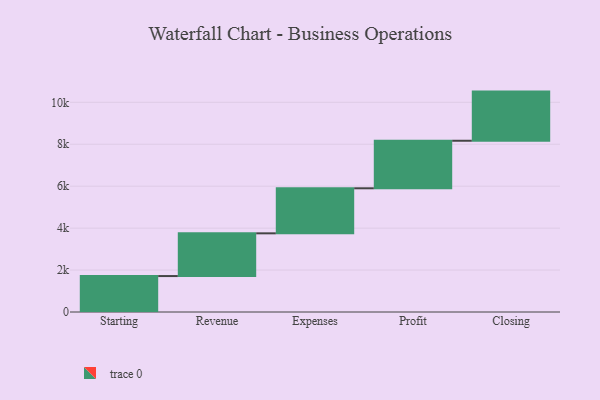
{"axis": {"x": "Step", "y": "Value"}, "legend": [""], "data": [{"x": "Starting", "y": 1714.0, "type": ""}, {"x": "Revenue", "y": 2038.0, "type": ""}, {"x": "Expenses", "y": 2148.0, "type": ""}, {"x": "Profit", "y": 2267.0, "type": ""}, {"x": "Closing", "y": 2344.0, "type": ""}]}